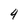
Character: 4